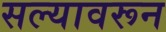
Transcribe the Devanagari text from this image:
सल्यावरून